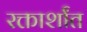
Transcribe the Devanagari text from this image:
रक्तार्शांत